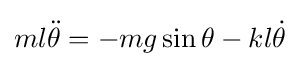
ml{\ddot {\theta }}=-mg\sin \theta -kl{\dot {\theta }}